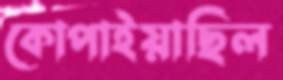
কোপাইয়াছিল